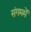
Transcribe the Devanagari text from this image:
संगममें